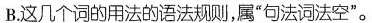
B.这几个词的用法的语法规则，属”句法词法空”。